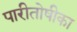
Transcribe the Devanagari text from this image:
पारीतोषीका